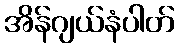
အိန်ဂျယ်နံပါတ်